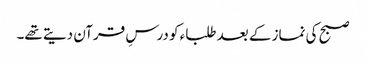
صبح کی نماز کے بعد طلباء کو درسِ قرآن دیتے تھے۔